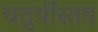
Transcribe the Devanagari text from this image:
चतुर्थीस्तव